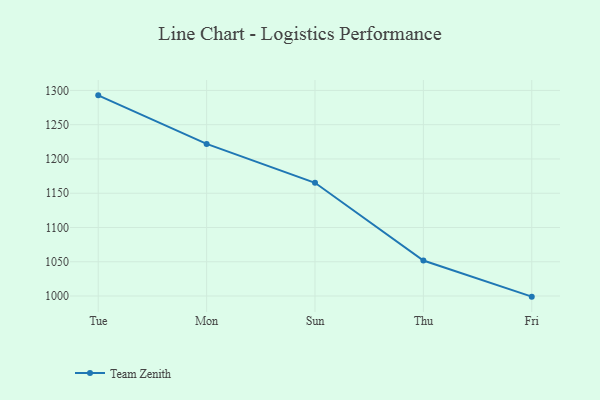
{"axis": {"x": "Day", "y": "Satisfaction Score"}, "legend": ["Team Zenith"], "data": [{"x": "Tue", "y": 1292.8, "type": "Team Zenith"}, {"x": "Mon", "y": 1221.9, "type": "Team Zenith"}, {"x": "Sun", "y": 1165.2, "type": "Team Zenith"}, {"x": "Thu", "y": 1051.8, "type": "Team Zenith"}, {"x": "Fri", "y": 999.1, "type": "Team Zenith"}]}